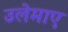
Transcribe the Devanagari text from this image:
उलेमाए